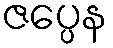
ဇပ္ပေန